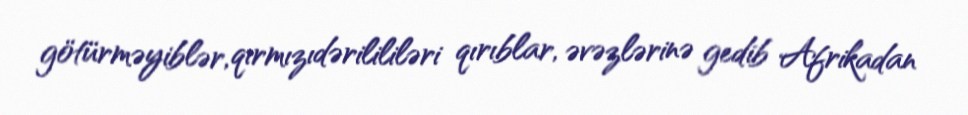
götürməyiblər, qırmızıdərilililəri qırıblar, əvəzlərinə gedib Afrikadan